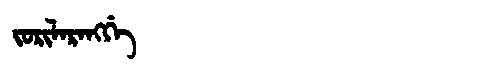
Manchu: ᠵᠣᡵᡳᠯᠠᡵᠠᠩᡤᡝ
Romanization: JORILARANGGE